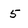
Character: 5